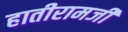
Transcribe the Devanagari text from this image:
हातीरामजी